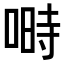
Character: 𠺮